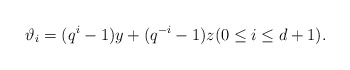
\begin{align*}\vartheta_i = (q^i-1)y+(q^{-i}-1)z (0\leq i \leq d+1).\end{align*}